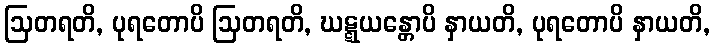
ဩတရတိ, ပုရတောပိ ဩတရတိ, ဃဋ္ဋယန္တောပိ နှာယတိ, ပုရတောပိ နှာယတိ,